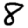
Digit: 8